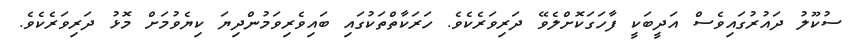
ސުކޫލު ދައުރުގައިވެސް އަދީބަކީ ފާހަގަކޮށްލެވޭ ދަރިވަރެކެވެ. ހަރަކާތްތަކުގައި ބައިވެރިވަމުންދިޔަ ކިޔެވުމަށް މޮޅު ދަރިވަރެކެވެ.